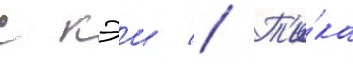
с кэи // Т'и́ка